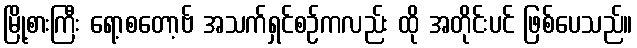
မြို့စားကြီး ရော့စတော့ဗ် အသက်ရှင်စဉ်ကလည်း ထို အတိုင်းပင် ဖြစ်ပေသည်။